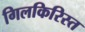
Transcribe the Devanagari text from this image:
गिलकिरिस्त